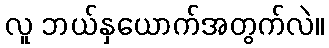
လူ ဘယ်နှယောက်အတွက်လဲ။